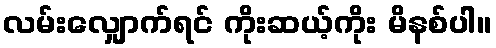
လမ်းလျှောက်ရင် ကိုးဆယ့်ကိုး မိနစ်ပါ။